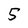
Character: 5